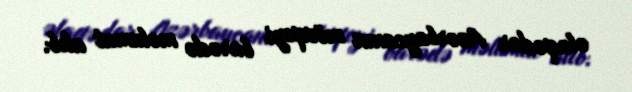
əlaqədar Azərbaycanın mövqeyi barədə məlumat alıb.